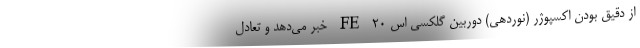
از دقیق بودن اکسپوژر (نوردهی) دوربین گلکسی اس 20 FE خبر می‌دهد و تعادل